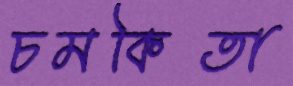
চমকিতা